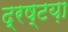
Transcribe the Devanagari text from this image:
द्रष्टय़ा